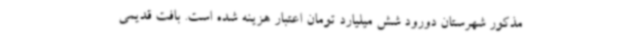
مذکور شهرستان دورود شش میلیارد تومان اعتبار هزینه شده است. بافت قدیمی